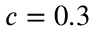
c = 0 . 3